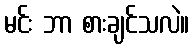
မင်း ဘာ စားချင်သလဲ။